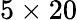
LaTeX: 5\times 20